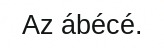
Az ábécé.